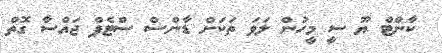
ކާންޓް ޔޫ ސީ މީހުން ލަވަ ތަކަށް ޑާންސް ސްޓެޕް ޖައްސާ ގޮތް